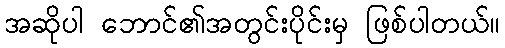
အဆိုပါ ဘောင်၏အတွင်းပိုင်းမှ ဖြစ်ပါတယ်။